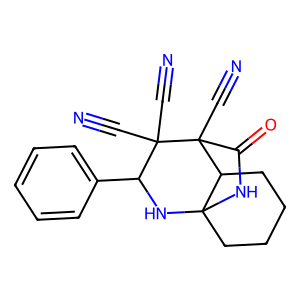
SMILES: N#CC1(C#N)C(c2ccccc2)NC23CCCCC2C1(C#N)C(=O)N3
Inhibits HIV replication: No